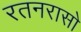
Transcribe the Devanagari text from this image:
रतनरासो